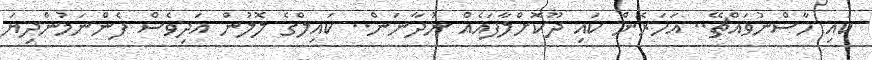
ކައި ހާސްނުވައްޗޭ.. އަހަރެން ކައި ދޫކޮށްލާފައެއް ނުދާނަން.. ކައިލްގެ ލޮލުން އަދިވެސް ފެންނަމުންދިޔަ